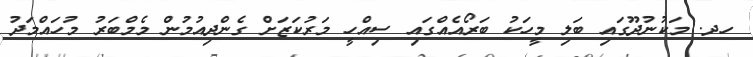
ހދ. މަކުނުދޫގައި ބަލި މީހަކު ބަރޯއެއްގައި ސިއްހީ މަރުކަޒަށް ގެންދިއުމުން މެމްބަރު މުހައްމަދު